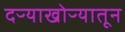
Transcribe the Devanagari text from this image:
दऱ्याखोऱ्यातून